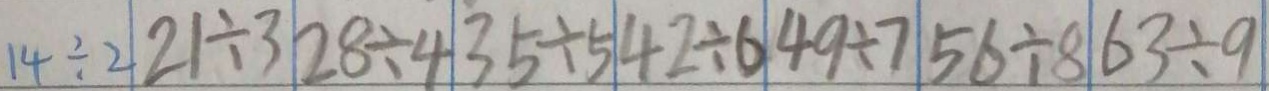
1 4 \div 2 2 1 \div 3 2 8 \div 4 3 5 \div 5 4 2 \div 6 4 9 \div 7 5 6 \div 8 6 3 \div 9